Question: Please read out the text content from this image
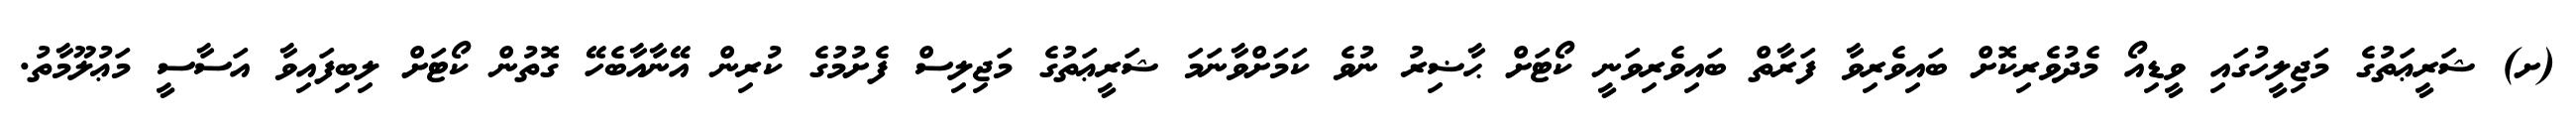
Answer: (ށ) ޝަރީޢަތުގެ މަޖިލީހުގައި ވީޑިއޯ މެދުވެރިކޮށް ބައިވެރިވާ ފަރާތް ބައިވެރިވަނީ ކޯޓަށް ޙާޟިރު ނުވެ ކަމަށްވާނަމަ ޝަރީޢަތުގެ މަޖިލިސް ފެށުމުގެ ކުރިން އޭނާއާބެހޭ ގޮތުން ކޯޓަށް ލިބިފައިވާ އަސާސީ މަޢުލޫމާތު.